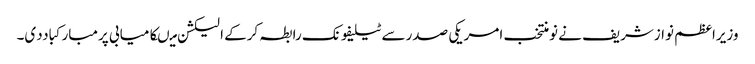
وزیراعظم نوازشریف نے نومنتخب امریکی صدرسے ٹیلیفونک رابطہ کرکے الیکشن میںکامیابی پرمبارکباددی۔